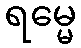
ရမ္မေ